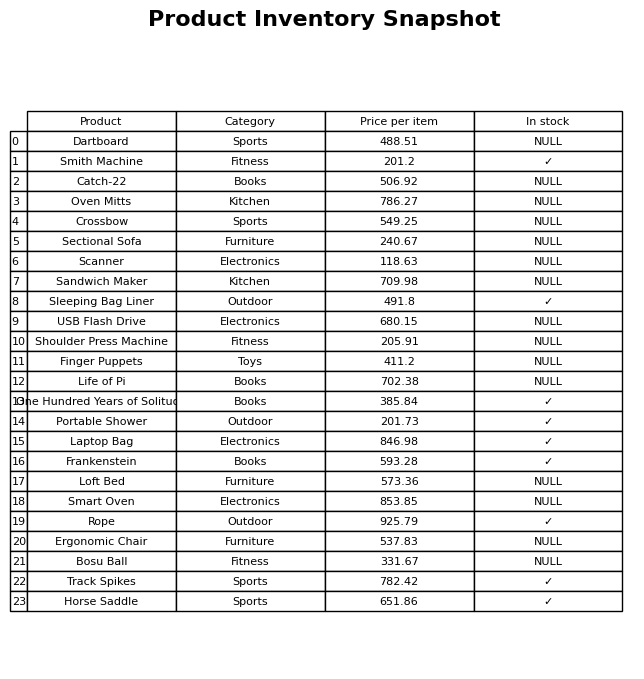
question: Which products are available in stock?
answer: Smith Machine, Sleeping Bag Liner, One Hundred Years of Solitude, Portable Shower, Laptop Bag, Frankenstein, Rope, Track Spikes, Horse Saddle